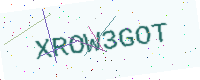
Text: XROW3GOT